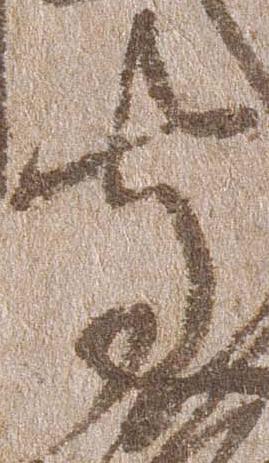
守